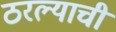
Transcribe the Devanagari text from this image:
ठरल्याची